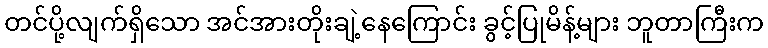
တင်ပို့လျက်ရှိသော အင်အားတိုးချဲ့နေကြောင်း ခွင့်ပြုမိန့်များ ဘူတာကြီးက